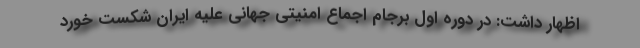
اظهار داشت: در دوره اول برجام اجماع امنیتی جهانی علیه ایران شکست خورد